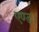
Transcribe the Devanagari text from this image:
एण्ड।